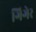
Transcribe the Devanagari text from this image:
गिगेर